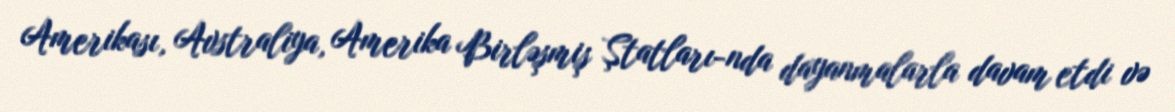
Amerikası, Avstraliya, Amerika Birləşmiş Ştatları-nda dayanmalarla davam etdi və